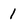
Character: 1